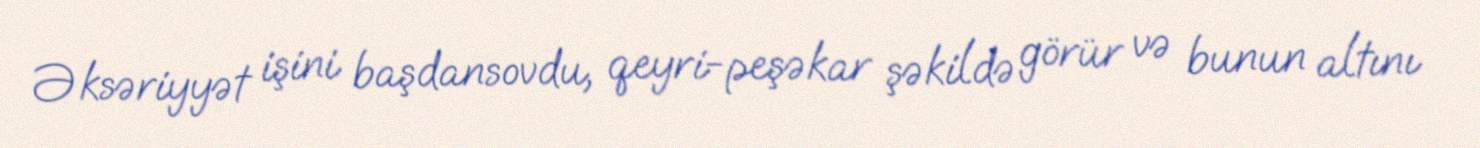
Əksəriyyət işini başdansovdu, qeyri-peşəkar şəkildə görür və bunun altını